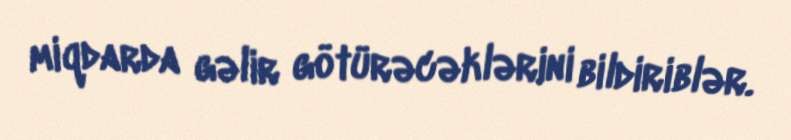
miqdarda gəlir götürəcəklərini bildiriblər.